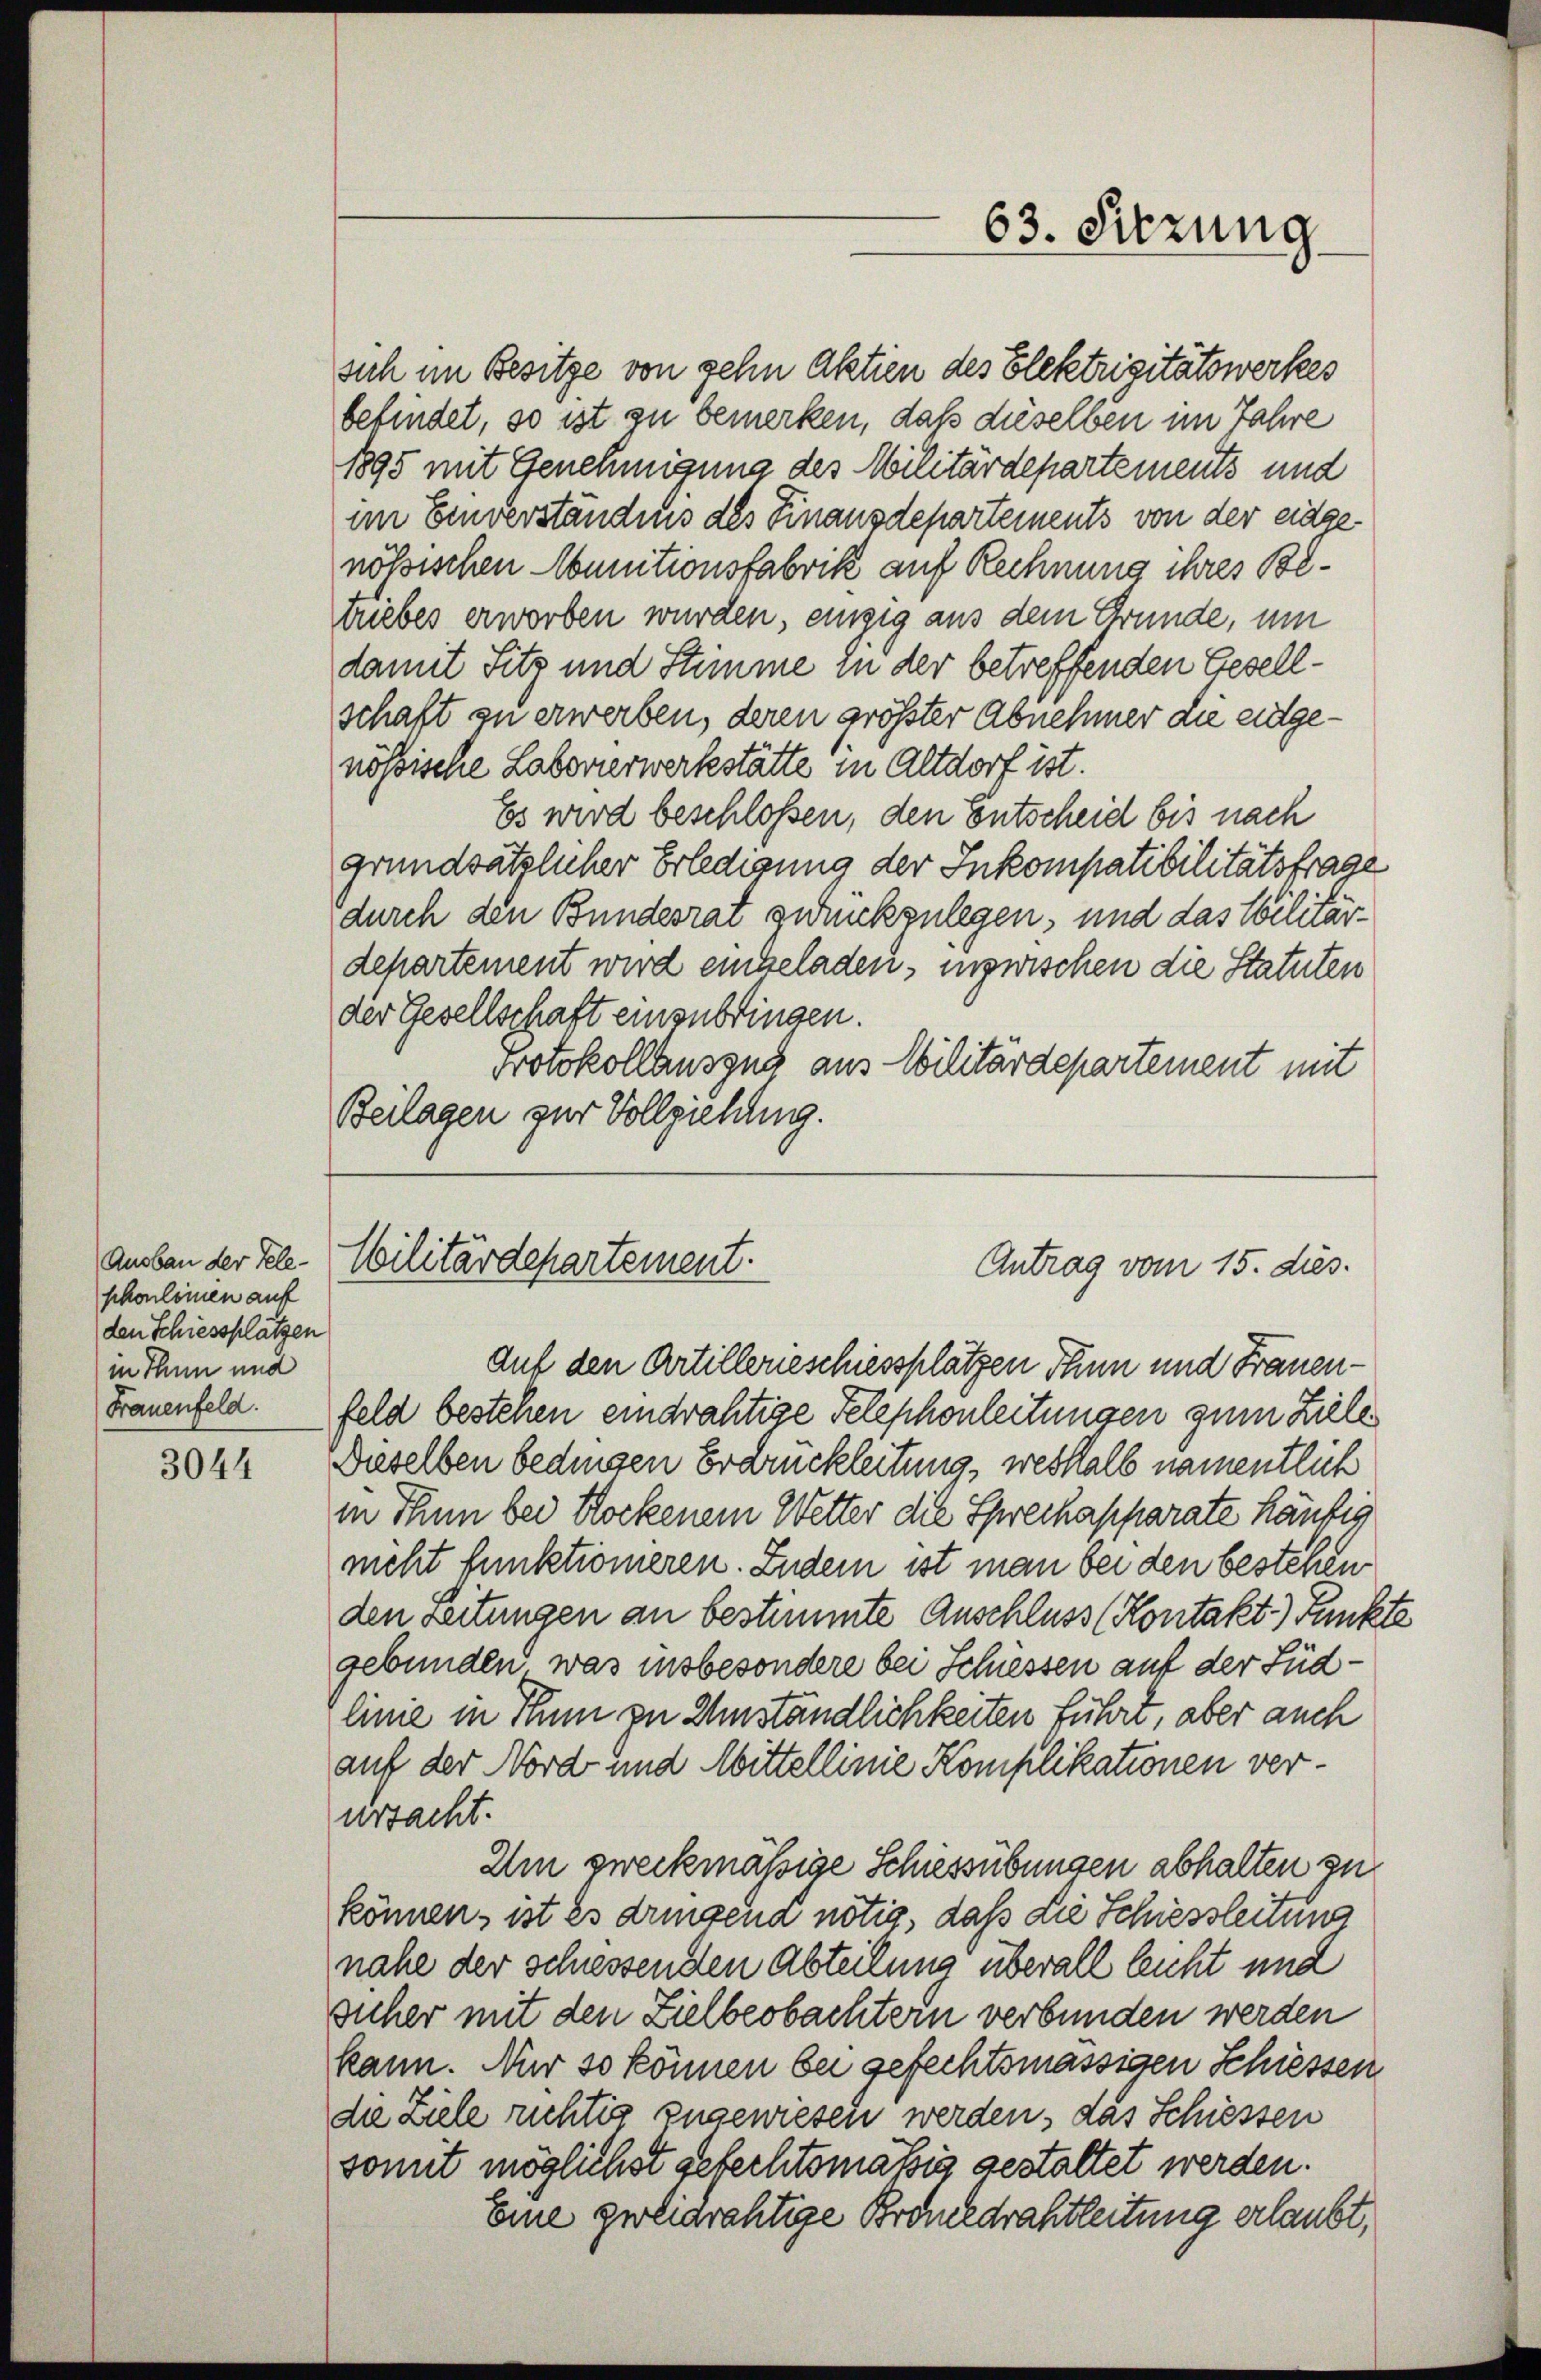
shonleinen auf
den Schiessplätzen
in Thun und
Frauenfeld.

3044

sich im Besitze von gehn Aktien des Elektrizitätswerkes
befindet, so ist zu bemerken, daß dieselben im Jahre
1895 mit Genehmigung des Militärdepartements und
im Einverständnis des Finanzdepartements von der eidgenössischen Munitionsfabrik auf Rechnung ihres Betriebes erworben wurden, einzig aus dem Grunde, um
damit Sitz und Stimme in der betreffenden Gesellschaft zu erwerben, deren größter Abnehmer die eigenössische Labeverwerkstätte in Altdorf ist.
Es wird beschlossen, den Entscheid bis nach
grundsätzlicher Erledigung der Inkompatibilitätsfrage
durch den Bundesrat zurückzulegen, und das Militärdepartement wird eingeladen, inzwischen die Statuten
der Gesellschaft einzubringen.
Protokollauszug aus Militärdepartement mit
Beilagen zur Vollziehung.

Ausbau der Tele. Militärdepartement.

auf den Artillerieschiessplätzen Thun und Frauenfeld bestehen eindrächtige Telephonleitungen zum Ziele
Dieselben bedingen Erdruckleitung, weshalb namentlich
in Thun bei Stockenem Wetter die Sprechapparate häufig
ncht funktionieren. Zudem ist man bei den bestehen
den Seitungen an bestimmte Anschluss (Kontakt Punkte
gebunden, was insbesondere bei Schiessen auf der Südlinie in Thun zu Umständlichkeiten führt, aber auch
auf der Nord und Mittellinie Komplikationen verurtacht.
Um zweckmäßige Schiessübungen abhalten zu
können, ist es dringena nötig, daß die Schiessleitung
nahe der schiessenden Abteilung überall leicht und
sucher mit den Zielbeobachtern verbunden werden
kann. Nur so können bei gefechtsmassigen Schiessen
die Ziele richtig zugewiesen werden, das Schiessen
somit möglichst gefechtsmäßig gestattet werden.
Eine geliarchtige Brcheldrahtleitung erlaubt,

63. Sitzung

Antrag vom 15. dies.